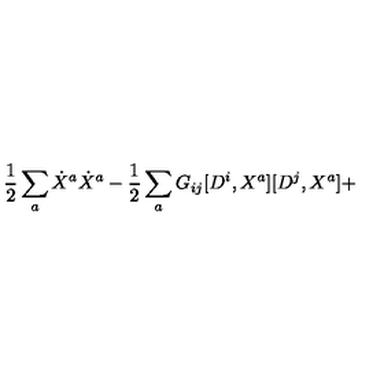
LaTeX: \frac { 1 } { 2 } \sum _ { a } \dot { X } ^ { a } \dot { X } ^ { a } - \frac { 1 } { 2 } \sum _ { a } G _ { i j } [ D ^ { i } , X ^ { a } ] [ D ^ { j } , X ^ { a } ] +